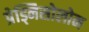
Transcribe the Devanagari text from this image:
प्रेड्निसोलोन